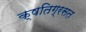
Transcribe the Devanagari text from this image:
क्षतिग्रसत